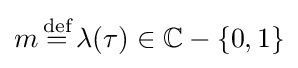
m\,{\overset {\text{def}}{=}}\,\lambda (\tau )\in \mathbb {C} -\{0,1\}